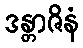
ဒန္တာဇိနံ